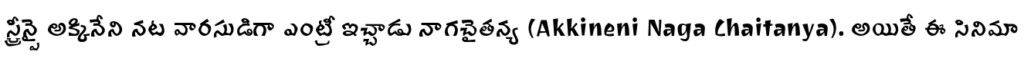
స్క్రీన్పై అక్కినేని నట వారసుడిగా ఎంట్రీ ఇచ్చాడు నాగచైతన్య (Akkineni Naga Chaitanya). అయితే ఈ సినిమా